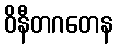
ဝိနီတဂတေန